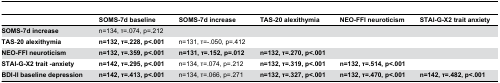
|  | SOMS-7d baseline | SOMS-7d increase | TAS-20 alexithymia | NEO-FFI neuroticism | STAI-G-X2 trait anxiety |
 | --- | --- | --- | --- | --- | --- |
 | SOMS-7d increase | n=134, τ=.074, p=.212 |  |  |  |  |
 | TAS-20 alexithymia | n=132, τ=.228, p<.001 | n=131, τ=-.050, p=.412 |  |  |  |
 | NEO-FFI neuroticism | n=132, τ=.359, p<.001 | n=131, τ=.152, p=.012 | n=132, τ=.270, p<.001 |  |  |
 | STAI-G-X2 trait -anxiety | n=142, τ=.295, p<.001 | n=134, τ=.074, p=.212 | n=132, τ=.319, p<.001 | n=132, τ=.514, p<.001 |  |
 | BDI-II baseline depression | n=142, τ=.413, p<.001 | n=134, τ=.066, p=.271 | n=132, τ=.327, p<.001 | n=132, τ=.470, p<.001 | n=142, τ=.482, p<.001 |